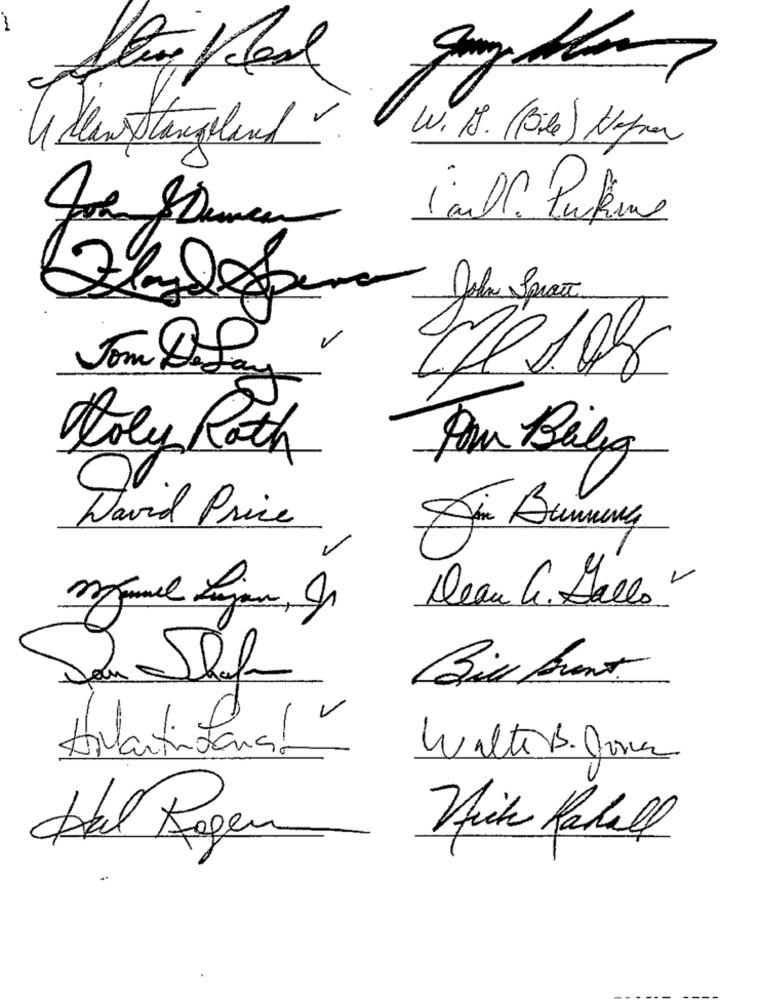
W. 1S. (Bile) Hepar
Kiewstangeland .
-
John Spratt
Jom De Say
Joly Roth
Fam Belig
David Price
Deau G. Dallo"
Bic front
Avanti Banal
WalterB. Com
Mich Kahall
dal Agem